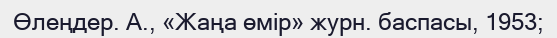
Өлеңдер. А., «Жаңа өмір» журн. баспасы, 1953;